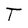
Character: T